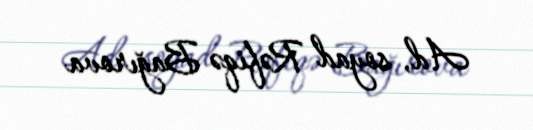
Ad, soyad Rəfiqə Bağırova